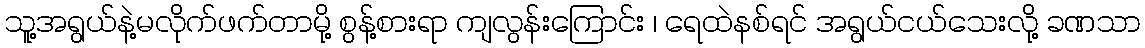
သူ့အရွယ်နဲ့မလိုက်ဖက်တာမို့ စွန့်စားရာ ကျလွန်းကြောင်း ၊ ရေထဲနစ်ရင် အရွယ်ငယ်သေးလို့ ခဏသာ